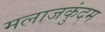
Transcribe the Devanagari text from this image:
मलाजकुंदम